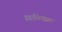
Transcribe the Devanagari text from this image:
स्वानियंत्रण